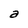
Character: a